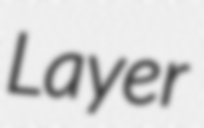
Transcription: Layer